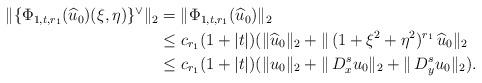
LaTeX: \begin{align*} \begin{aligned} \| \{ \Phi_{1,t,r_1}(\widehat u_0)(\xi,\eta)\}^{\lor}\|_2&=\|\Phi_{1,t,r_1}(\widehat u_0)\|_2 \\ & \leq c_{r_1}(1+|t|) ( \|\widehat u_0\|_2 + \| \,(1+\xi^2 + \eta^2)^{r_1} \,\widehat u_0\|_2 \\ & \leq c_{r_1}(1+|t|) (\|u_0\|_2 + \|\,D_x^{s}u_0\|_2 + \|\,D_y^{s}u_0\|_2). \end{aligned} \end{align*}